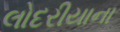
લોદરીયાના